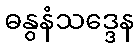
ဓနွနံသဒ္ဒေန